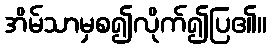
အိမ်သာမှစ၍လိုက်၍ပြ၏။